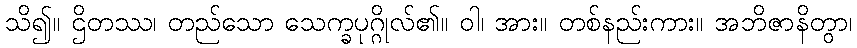
သိ၍။ ဌိတဿ၊ တည်သော သေက္ခပုဂ္ဂိုလ်၏။ ဝါ၊ အား။ တစ်နည်းကား။ အဘိဇာနိတွာ၊